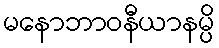
မနောဘာဝနီယာနမ္ပိ